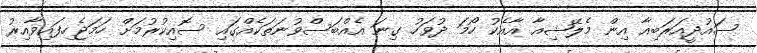
ސައުދީއަރަބިއާ އިން މެލޭޝިއާ އާއެކު ހޯމަ ދުވަހު ގިނަ އެއްބަސްވުނަތަކެއްގައި ސޮއިކުރުމަށް ހަމަޖެހިފައިވާއިރު